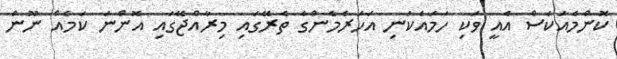
ކޮންމެއަކަސް އެއީ ވަކި ހަމައެކަނި އަހަރެމެންގެ ތެރޭގައި މިރާއްޖޭގައި އޮންނަ ކަމެއް ނޫން